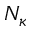
N _ { \kappa }